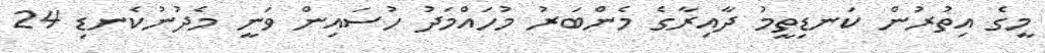
މީގެ އިތުރުން ކަނޑިތީމު ދާއިރާގެ މެންބަރު މުހައްމަދު ހުސައިން ވަނީ މެދުނުކެނޑި 24